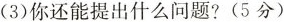
(3)你还能提出什么问题?(5分)